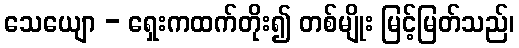
သေယျော - ရှေးကထက်တိုး၍ တစ်မျိုး မြင့်မြတ်သည်၊